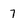
Character: 7